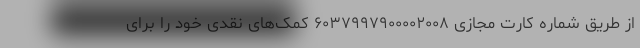
از طریق شماره کارت مجازی ۶۰۳۷۹۹۷۹۰۰۰۰۲۰۰۸ کمک‌های نقدی خود را برای